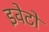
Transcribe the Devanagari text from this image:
इवेटो